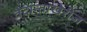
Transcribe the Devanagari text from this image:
वेदान्ताखेरीज